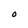
Character: O